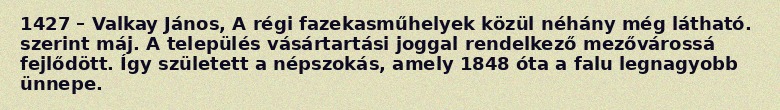
1427 – Valkay János, A régi fazekasműhelyek közül néhány még látható. szerint máj. A település vásártartási joggal rendelkező mezővárossá fejlődött. Így született a népszokás, amely 1848 óta a falu legnagyobb ünnepe.